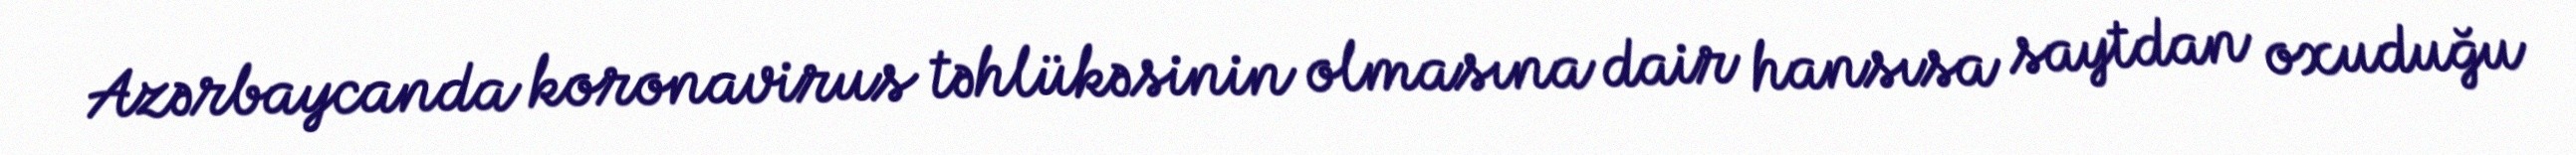
Azərbaycanda koronavirus təhlükəsinin olmasına dair hansısa saytdan oxuduğu